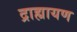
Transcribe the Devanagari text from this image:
द्राह्यायण